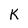
Character: K